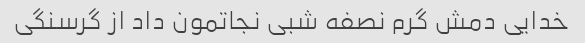
خدایی دمش گرم نصفه شبی نجاتمون داد از گرسنگی